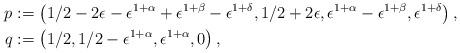
LaTeX: \begin{align*}p & := \left(1/2 - 2\epsilon - \epsilon^{1 + \alpha} + \epsilon^{1 + \beta} - \epsilon^{1 + \delta}, 1/2 + 2\epsilon, \epsilon^{1 + \alpha} - \epsilon^{1 + \beta}, \epsilon^{1 + \delta}\right), \\q & := \left(1/2,1/2- \epsilon^{1 + \alpha}, \epsilon^{1 + \alpha}, 0\right),\end{align*}